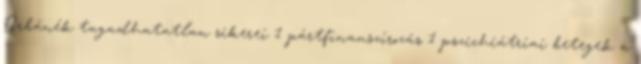
Orbánék tagadhatatlan sikerei 1 pártfinanszírozás 1 pszichiátriai betegek a